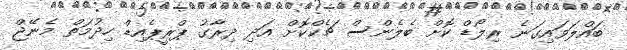
ބައްލަވައިގަނެ ރިލޯޑް ކޮށް ބެލެންސް ޗެކްކޮށް އަދި ދިރާގު ޕްރީޕެއިޑް ހިދުމަތް މެނޭޖް